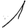
Digit: 1